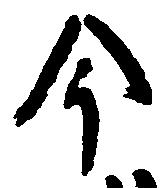
今